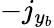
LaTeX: -j_{y_{b}}